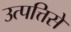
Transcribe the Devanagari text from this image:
उत्पत्तिसे